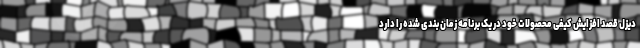
دیزل قصد افزایش کیفی محصولات خود در یک برنامه زمان بندی شده را دارد